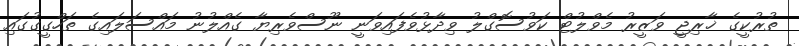
ތުރުކީގެ ޚާރިޖީ ވަޒީރު މެވްލުޓް ކަވުސޮގްލު ވިދާޅުވެފައިވަނީ ނޫސްވެރިޔާ ގެއްލުނު މައްސަލައިގެ ތަހްގީގުގައި